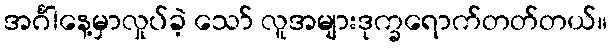
အင်္ဂါနေ့မှာလှုပ်ခဲ့ သော် လူအများဒုက္ခရောက်တတ်တယ်။